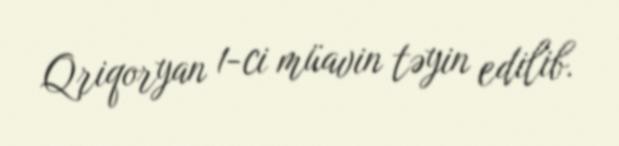
Qriqoryan 1-ci müavin təyin edilib.